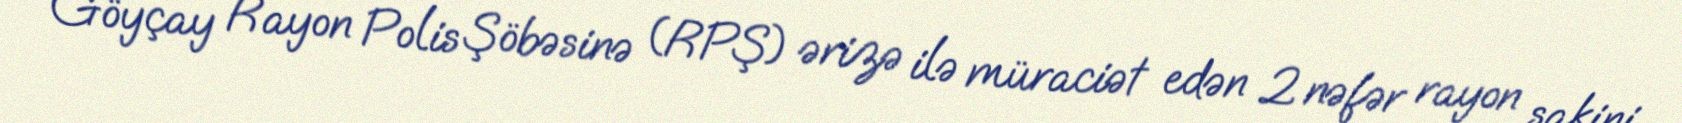
Göyçay Rayon Polis Şöbəsinə (RPŞ) ərizə ilə müraciət edən 2 nəfər rayon sakini